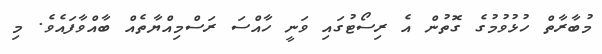
މުބާރާތް ހުޅުވުމުގެ ގޮތުން އެ ރިސޯޓުގައި ވަނީ ހާއްސަ ރަސްމިއްޔާތެއް ބާއްވާފައެވެ. މި